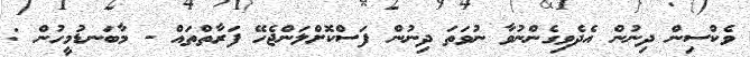
ވެކްސިން ދިނުން އެދެވިގެންނުވާ ނުވަތަ ދިނުން ފަސްކޮށްލަންޖެހޭ ފަރާތްތައް - މާބަނޑުމީހުން :